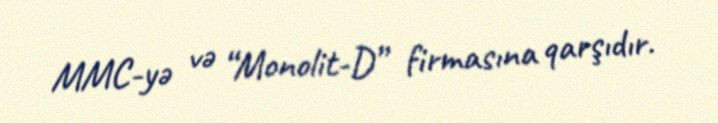
MMC-yə və “Monolit-D” firmasına qarşıdır.